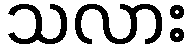
သလား